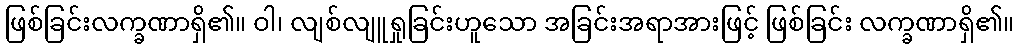
ဖြစ်ခြင်းလက္ခဏာရှိ၏။ ဝါ၊ လျစ်လျူရှုခြင်းဟူသော အခြင်းအရာအားဖြင့် ဖြစ်ခြင်း လက္ခဏာရှိ၏။